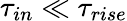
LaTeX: \tau_{in}\ll\tau_{rise}